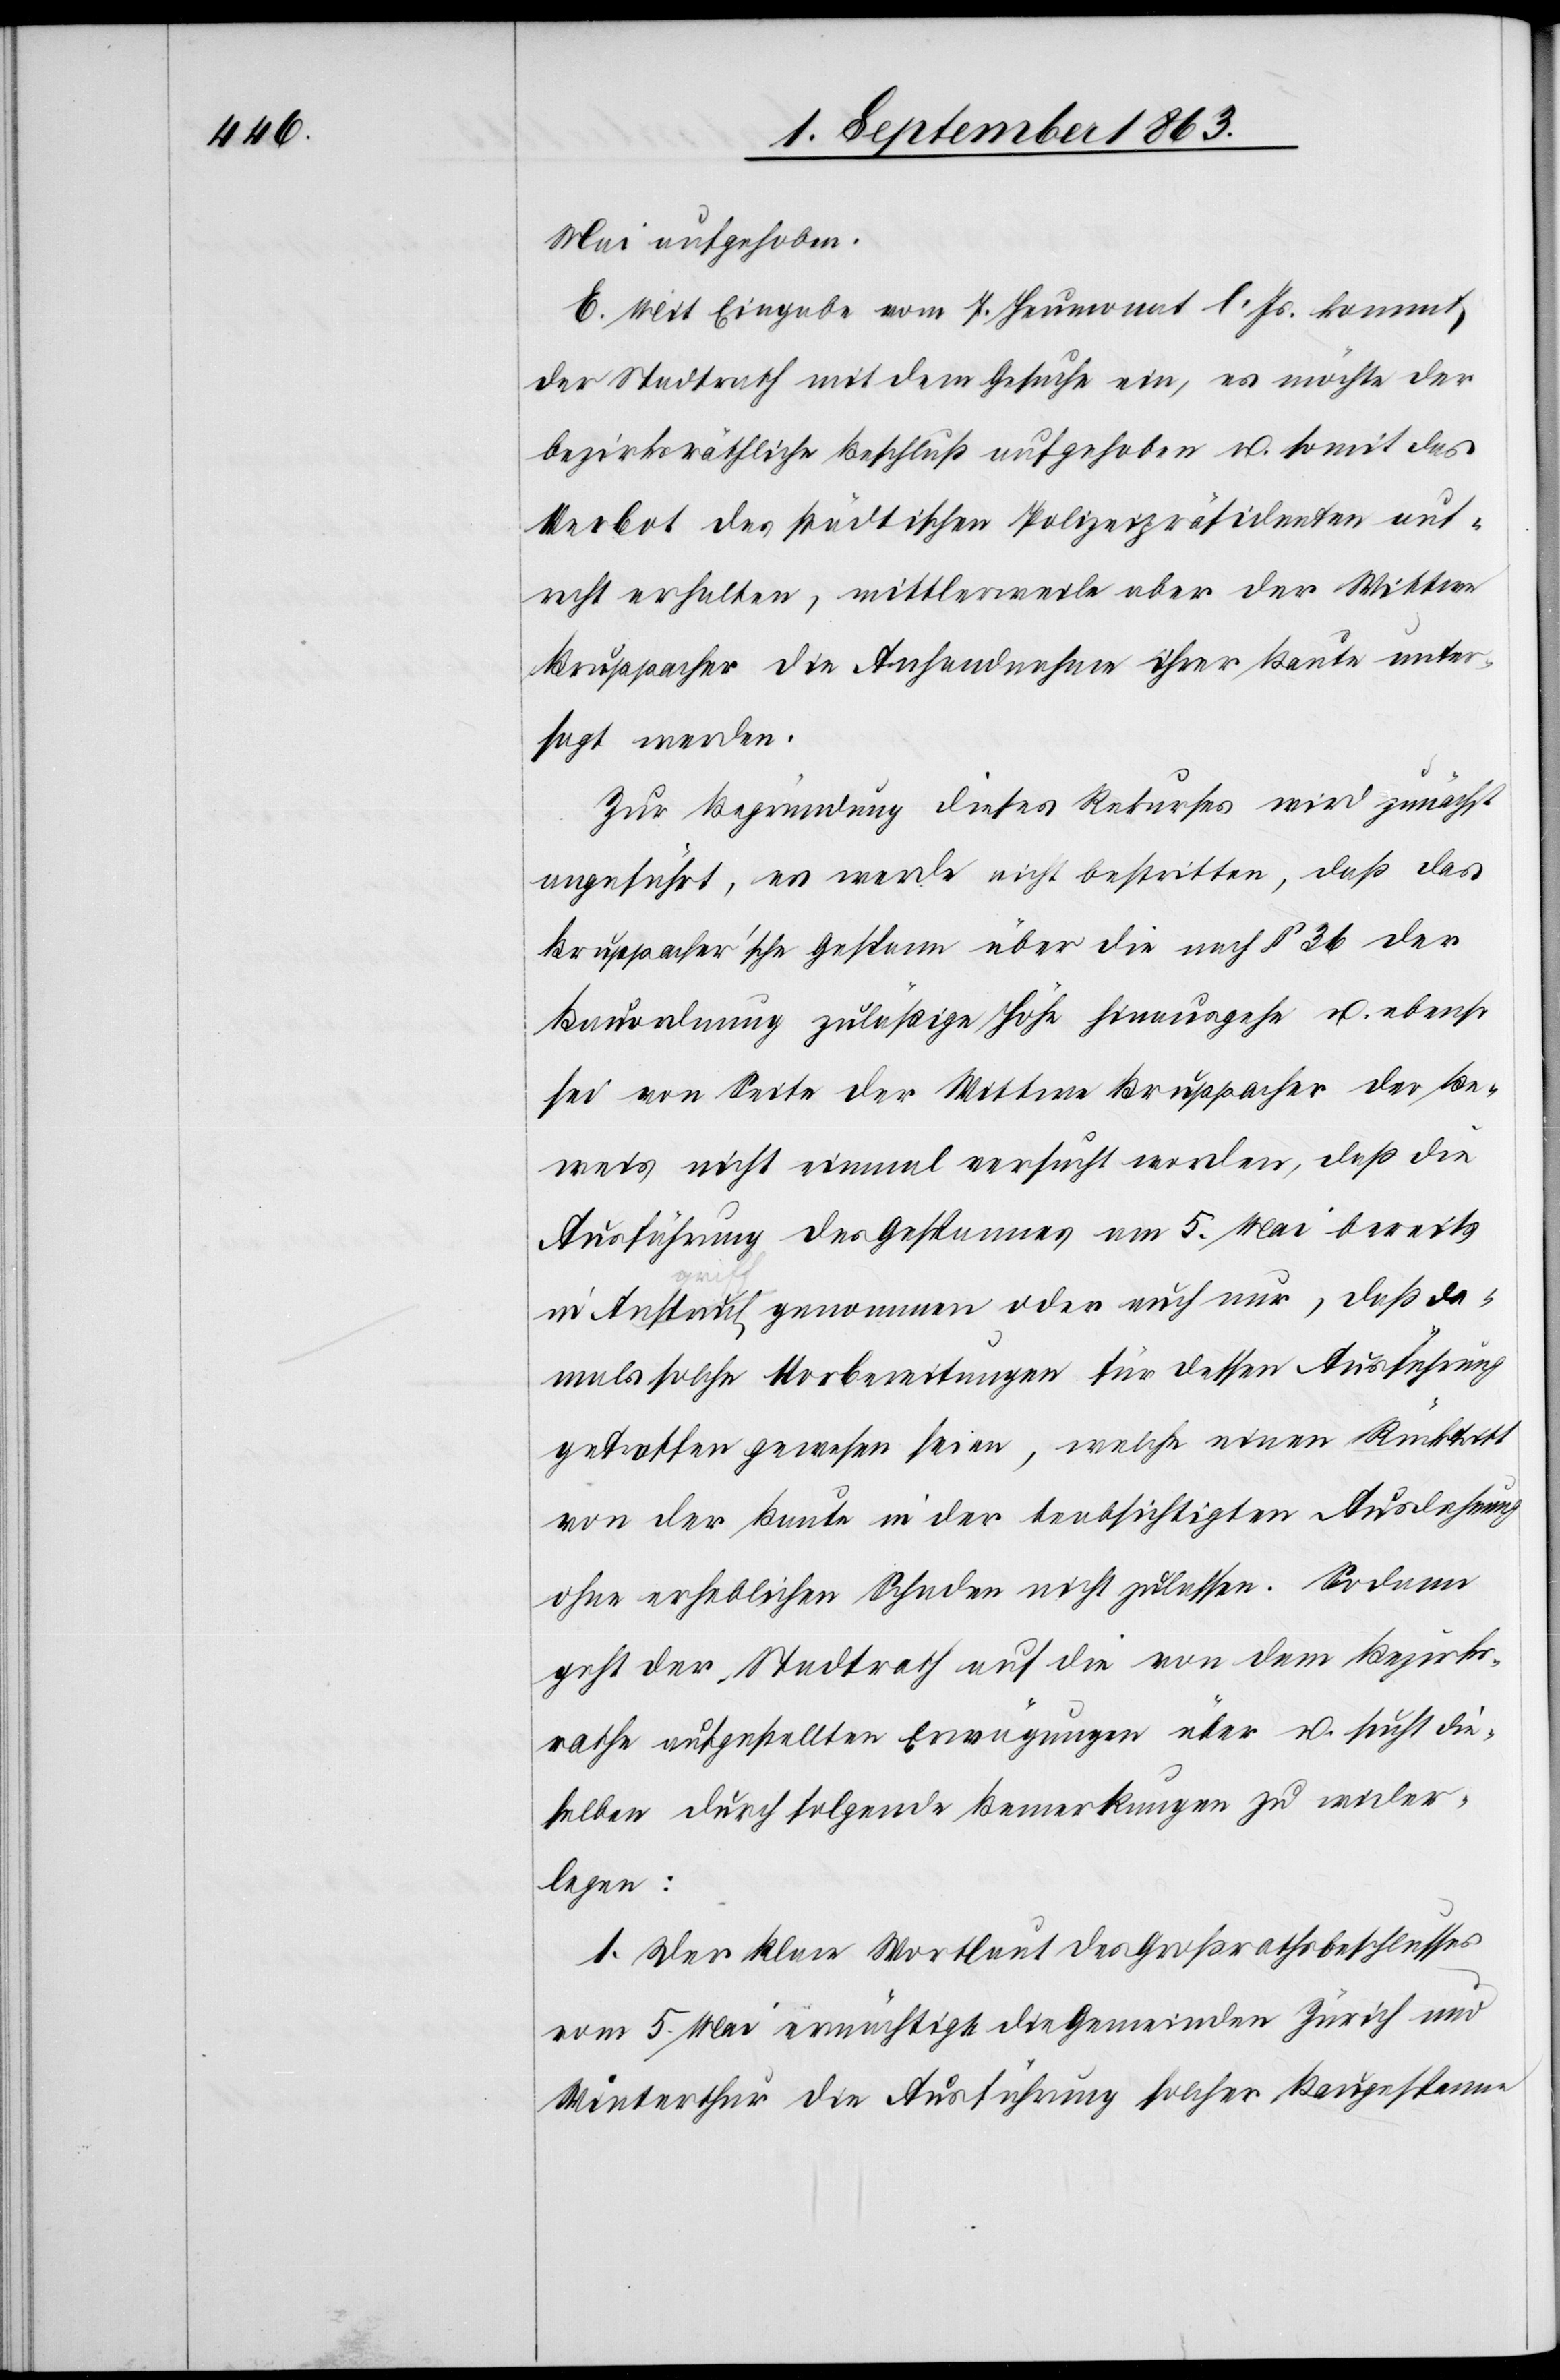
Mai aufgehoben.
E. Mit Eingabe vom 7. Heumonat l. Js. kommt
der Stadtrath mit dem Gesuche ein, es möchte der
bezirksräthliche Beschluß aufgehoben u. somit das
Verbot des städtischen Polizeipräsidenten auf¬
recht erhalten, mittlerweile aber der Wittwe
Bruppacher die Anhandnahme ihrer Baute unter¬
sagt werden.
Zur Begründung dieses Rekurses wird zunächst
angeführt, es werde nicht bestritten, daß das
Bruppacher'sche Gespann über die nach § 36 der
Bauordnung zuläßige Höhe hinausgehe u. ebenso
sei von Seite der Wittwe Bruppacher der Be¬
weis nicht einmal versucht worden, daß die
Ausführung des Gespannes am 5. Mai bereits
Angriff-a genommen oder auch nur, daß da¬
mals solche Vorbereitungen für dessen Ausführung
getroffen gewesen seien, welche einen Rücktritt
von der Baute in der beabsichtigten Ausdehnung
ohne erheblichen Schaden nicht zulassen. Sodann
geht der Stadtrath auf die von dem Bezirks¬
rathe aufgestellten Erwägungen über u. sucht die¬
selben durch folgende Bemerkungen zu wider¬
legen:
1. Der klare Wortlaut des Großrathsbeschlusses
vom 5. Mai ermächtigt die Gemeinden Zürich und
Winterthur die Ausführung solcher Baugespanne